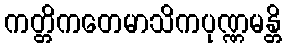
ကတ္တိကတေမာသိကပုဏ္ဏမန္တိ